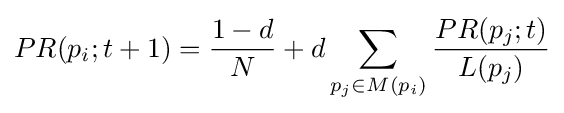
PR(p_{i};t+1)={\frac {1-d}{N}}+d\sum _{p_{j}\in M(p_{i})}{\frac {PR(p_{j};t)}{L(p_{j})}}